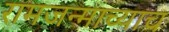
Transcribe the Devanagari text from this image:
रामजन्माच्याच